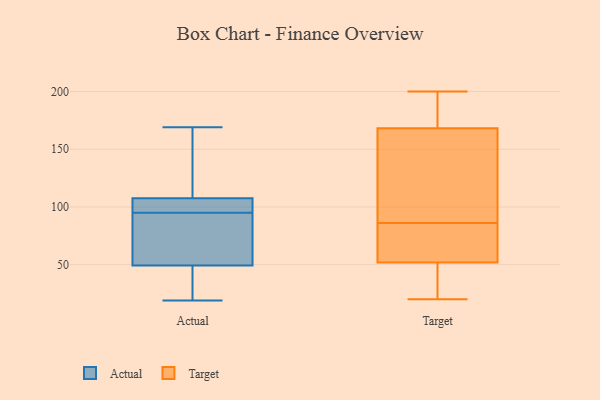
{"axis": {"x": "Headcount", "y": "Value"}, "legend": ["Actual", "Target"], "data": [{"x": "", "y": 103, "type": "Actual"}, {"x": "", "y": 169, "type": "Actual"}, {"x": "", "y": 70, "type": "Actual"}, {"x": "", "y": 95, "type": "Actual"}, {"x": "", "y": 48, "type": "Actual"}, {"x": "", "y": 159, "type": "Actual"}, {"x": "", "y": 53, "type": "Actual"}, {"x": "", "y": 40, "type": "Actual"}, {"x": "", "y": 109, "type": "Actual"}, {"x": "", "y": 99, "type": "Actual"}, {"x": "", "y": 19, "type": "Actual"}, {"x": "", "y": 51, "type": "Target"}, {"x": "", "y": 21, "type": "Target"}, {"x": "", "y": 179, "type": "Target"}, {"x": "", "y": 45, "type": "Target"}, {"x": "", "y": 60, "type": "Target"}, {"x": "", "y": 200, "type": "Target"}, {"x": "", "y": 20, "type": "Target"}, {"x": "", "y": 93, "type": "Target"}, {"x": "", "y": 56, "type": "Target"}, {"x": "", "y": 120, "type": "Target"}, {"x": "", "y": 86, "type": "Target"}, {"x": "", "y": 183, "type": "Target"}, {"x": "", "y": 136, "type": "Target"}, {"x": "", "y": 186, "type": "Target"}, {"x": "", "y": 194, "type": "Target"}, {"x": "", "y": 41, "type": "Target"}, {"x": "", "y": 54, "type": "Target"}, {"x": "", "y": 68, "type": "Target"}, {"x": "", "y": 123, "type": "Target"}]}